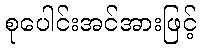
စုပေါင်းအင်အားဖြင့်